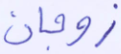
زوجان